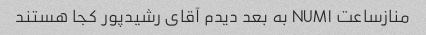
منازساعت NUM۱ به بعد دیدم آقای رشیدپور کجا هستند